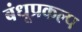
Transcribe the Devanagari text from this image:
बंधूप्रकल्प